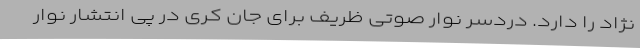
نژاد را دارد. دردسر نوار صوتی ظریف برای جان کری در پی انتشار نوار